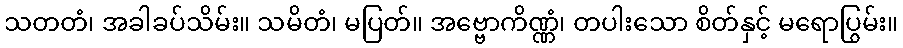
သတတံ၊ အခါခပ်သိမ်း။ သမိတံ၊ မပြတ်။ အဗ္ဗောကိဏ္ဏံ၊ တပါးသော စိတ်နှင့် မရောပြွမ်း။